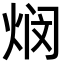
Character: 𬊖